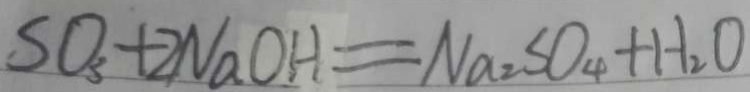
S O _ { 3 } + 2 N a O H = N a _ { 2 } S O _ { 4 } + H _ { 2 } O